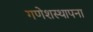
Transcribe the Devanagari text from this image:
गणेशस्थापना